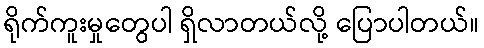
ရိုက်ကူးမှုတွေပါ ရှိလာတယ်လို့ ပြောပါတယ်။